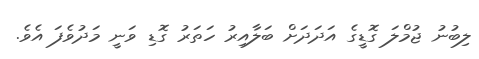
ލިބުނު ޖުމްލަ ގޮޑީގެ އަދަދަށް ބަލާއިރު ހަތަރު ގޮޑި ވަނީ މަދުވެފަ އެވެ.